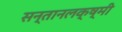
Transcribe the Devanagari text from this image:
सन्तानलक्ष्मी